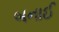
બનાઈ